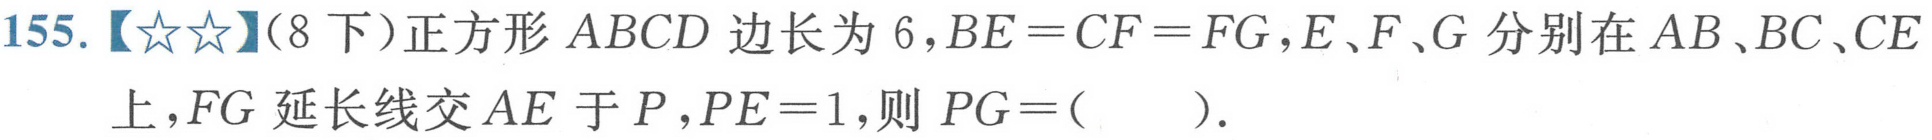
155.【★★】(8下)正方形 \(ABCD\) 边长为 \(6\)，\(BE = CF = FG\)，\(E、F、G\) 分别在 \(AB、BC、CE\)
上，\(FG\) 延长线交 \(AE\) 于 \(P\)，\(PE = 1\)，则 \(PG = (\quad)\).